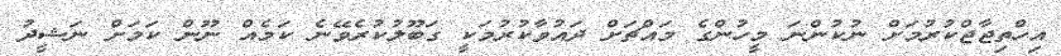
އިހްތިޖާޖްކުރުމަށް ނުކުންނަ މީހުންގެ މައްޗަށް ދައުވާކުރުމަކީ ގަބޫލުކުރެވޭނެ ކަމެއް ނޫން ކަމަށް ނަޝީދު